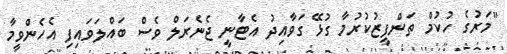
"މަރުގެ ހުކުމް ތަންފީޒުކުރުމާ ގުޅޭ ގަވާއިދު އެޓާނީ ޖެނެރަލް ވެސް ބައްލަވައިފި އެހެންވީމާ